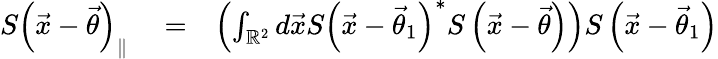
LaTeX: \begin{array}{rlr}{S\left(\vec{x}-\vec{\theta}\right)_{\parallel}}&{{}=}&{\left(\int_{\mathbb{R}^{2}}d\vec{x}S\left(\vec{x}-\vec{\theta}_{1}\right)^{\ast}S\left(\vec{x}-\vec{\theta}\right)\right)S\left(\vec{x}-\vec{\theta}_{1}\right)}\end{array}